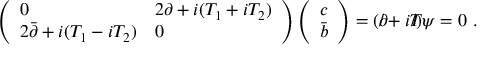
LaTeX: \left( \begin{array} { l l } { { 0 } } & { { 2 \partial + i ( T _ { 1 } + i T _ { 2 } ) } } \\ { { 2 \bar { \partial } + i ( T _ { 1 } - i T _ { 2 } ) } } & { { 0 } } \end{array} \right) \left( \begin{array} { l } { { c } } \\ { { \bar { b } } } \end{array} \right) = ( \partial \! \! \! / + i T \! \! \! \! / ) \psi = 0 \ .